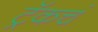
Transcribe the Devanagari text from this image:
ट्रॅकचं